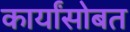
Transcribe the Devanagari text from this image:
कार्यांसोबत